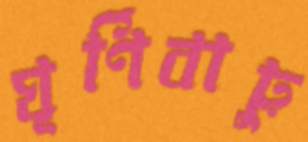
ঘূর্ণিবায়ু